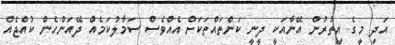
އަދި މީގެ އިތުރުން އޭނާއަކީ ދީނީ ކަންތައްތަކަށް އެއްވެސް ސަމާލުކަމެއް ދޭއަންހެން ކުއްޖެއް